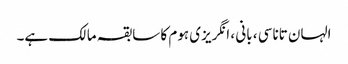
الہان ​​تاناسی ، بانی ، انگریزی ہوم کا سابقہ ​​مالک ہے۔